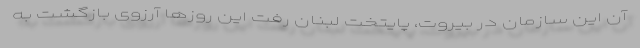
آن این سازمان در بیروت، پایتخت لبنان رفت این روزها آرزوی بازگشت به